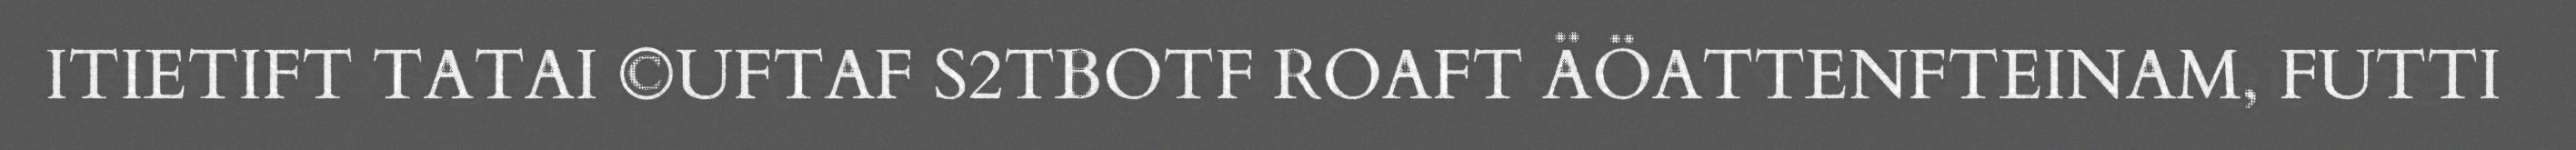
ITIETIFT TATAI ©UFTAF S2TBOTF ROAFT ÄÖATTENFTEINAM, FUTTI